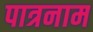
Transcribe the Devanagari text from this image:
पात्रनाम